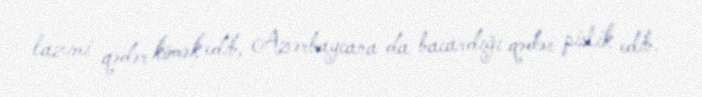
lazımi qədər kömək edib, Azərbaycana da bacardığı qədər pislik edib.